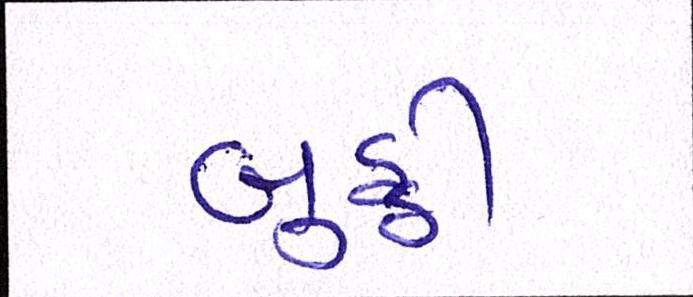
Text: બુઠ્ઠી